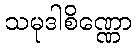
သမုဒါစိဏ္ဏော